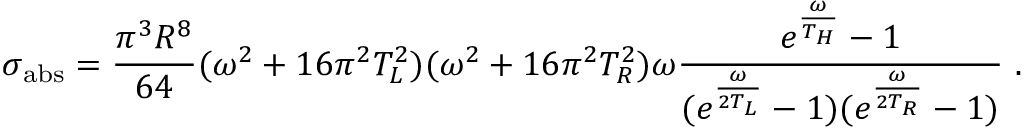
\sigma _ { \mathrm { a b s } } = { \frac { \pi ^ { 3 } R ^ { 8 } } { 6 4 } } ( \omega ^ { 2 } + 1 6 \pi ^ { 2 } T _ { L } ^ { 2 } ) ( \omega ^ { 2 } + 1 6 \pi ^ { 2 } T _ { R } ^ { 2 } ) \omega { \frac { e ^ { \frac { \omega } { T _ { H } } } - 1 } { ( e ^ { \frac { \omega } { 2 T _ { L } } } - 1 ) ( e ^ { \frac { \omega } { 2 T _ { R } } } - 1 ) } } \ .